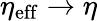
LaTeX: \eta_{\mathrm{eff}}\rightarrow\eta